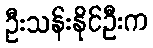
ဦးသန်းနိုင်ဦးက